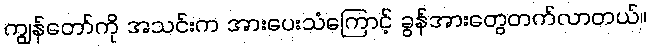
ကျွန်တော်ကို အသင်းက အားပေးသံကြောင့် ခွန်အားတွေတက်လာတယ်။